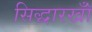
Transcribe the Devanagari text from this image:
सिद्धारखॉँ